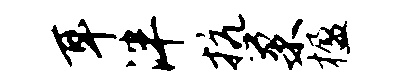
耳泮抗巢楹